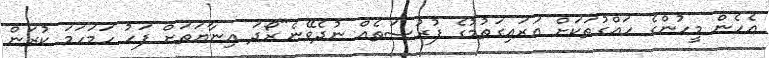
އެހެން މީހުންގެ ހައްގުތަކަށް އަރައިގަތުމުގެ ފުރުސަތެއް ނުދެވޭނެ"ރޯދަ އިނާޔަތަށް ފަހު ހަމަހަމަ ކުރަން